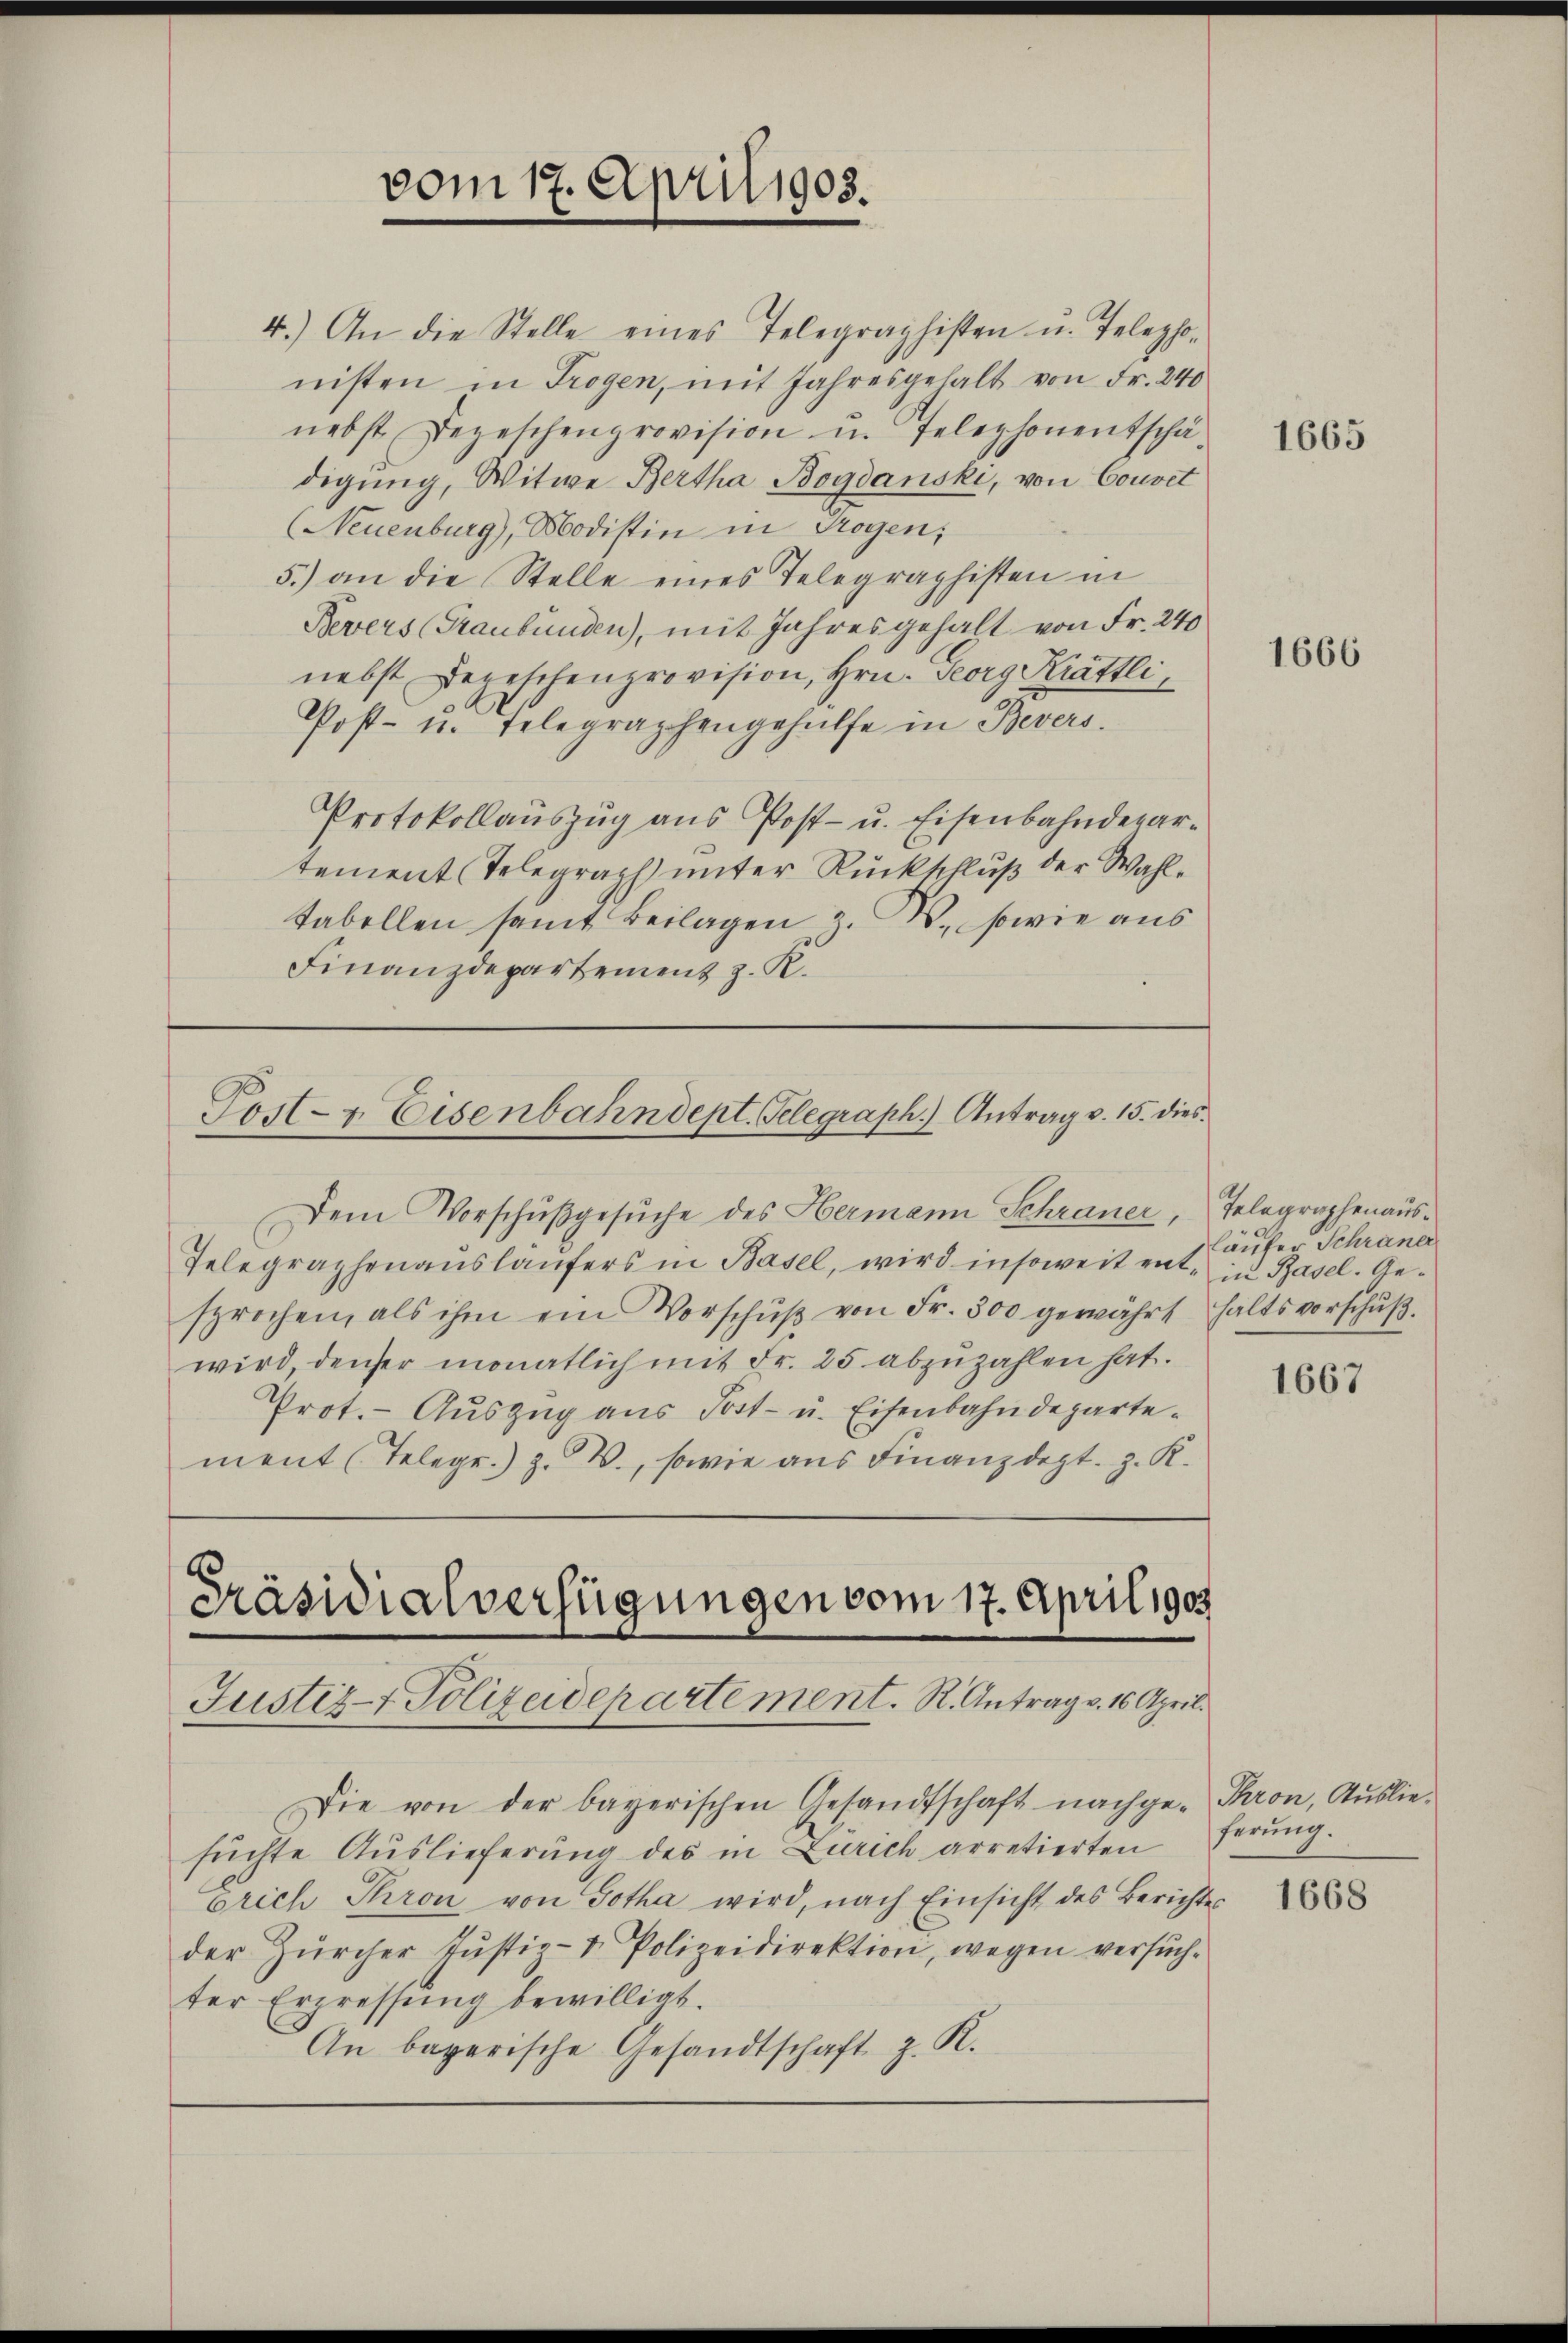
vom 17. April 1905.

4.) An die Stelle eines Telegraphisten u. Telepho-
nisten in Trogen, mit Jahresgehalt von Fr. 240
nebst Depeschenprovision u. Telephonentschä
digŭng, Witwe Bertha Bogdanski, von Couvet
(Neuenburg), Modistin in Trogen;
5.) an die Stelle eines Telegraphisten in
Bevers (Graubünden), mit Jahresgehalt von Fr. 240
nebst Depeschenprovision, Hrn. Georg Krattli,
Post- u. Telegraphengehülfe in Bevers.
Protokollauszug aus Post- u. Eisenbahndepartement Telegraph unter Rückschluß der Wahltabellen samt Beilagen z. B., sowie aus
Finanzdepartement z. R.

Post- & Eisenbahndept. Telegraph.) Antrag v. 15. dies

Präsidialverfügungen vom 17. April 1905

Dem Vorschußgesŭche des Hermann Schraner, Telegraphenaus¬
Telegraphenausläufers in Basel, wird insoweit ent- in Basel. Gesprochen, als ihm ein Vorschŭβ von Fr. 300 gewährt haltsvorschŭβ.
wird, denser monatlich mit Fr. 25 abzuzahlen hat.
Prot.- Auszug aus Post- u. Eisenbahndepartement (Telege.) z. B., sowie aus Finanzdept. z. K.

Justiz- & Polizeidepartement. R. Antrag v. 16. April.
Die von der bayerischen Gesandtschaft nachge-Thron, Ausliesuchte Auslieferung des in Zürich arretierten
Erich Thron von Gotha wird, nach Einsicht des Berichtes
der Zürcher Justiz- & Polizeidirektion, wegen versuch-
ter Erpressung bewilligt.
An begerische Gesandtschaft z. R.

1665

1666

läufer Schraner

1667

ferung.

1668